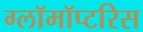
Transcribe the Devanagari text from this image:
ग्लॉमॉप्टरिस